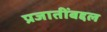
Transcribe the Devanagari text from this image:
प्रजातींबद्दल